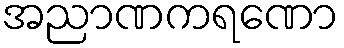
အညာဏကရဏော